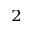
^ 2